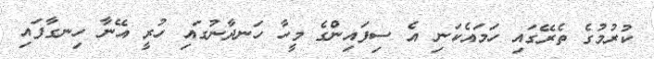
ކުރުމުގެ ތެރޭގައި ހަމައެކަނި އެ ސިފައިންގެ މީހާ ހަނދާނުގައި ހުރީ އޭނާ ހިނގާފައި